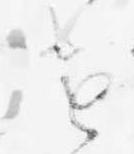
け